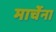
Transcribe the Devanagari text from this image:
मार्चेना